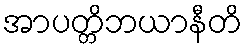
အာပတ္တိဘယာနီတိ